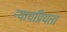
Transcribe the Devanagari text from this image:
न्‍यायप्रियता